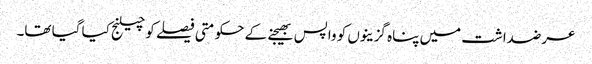
عرضداشت میں پناہ گزینوں کو واپس بھیجنے کے حکومتی فیصلے کو چیلنج کیا گیا تھا۔